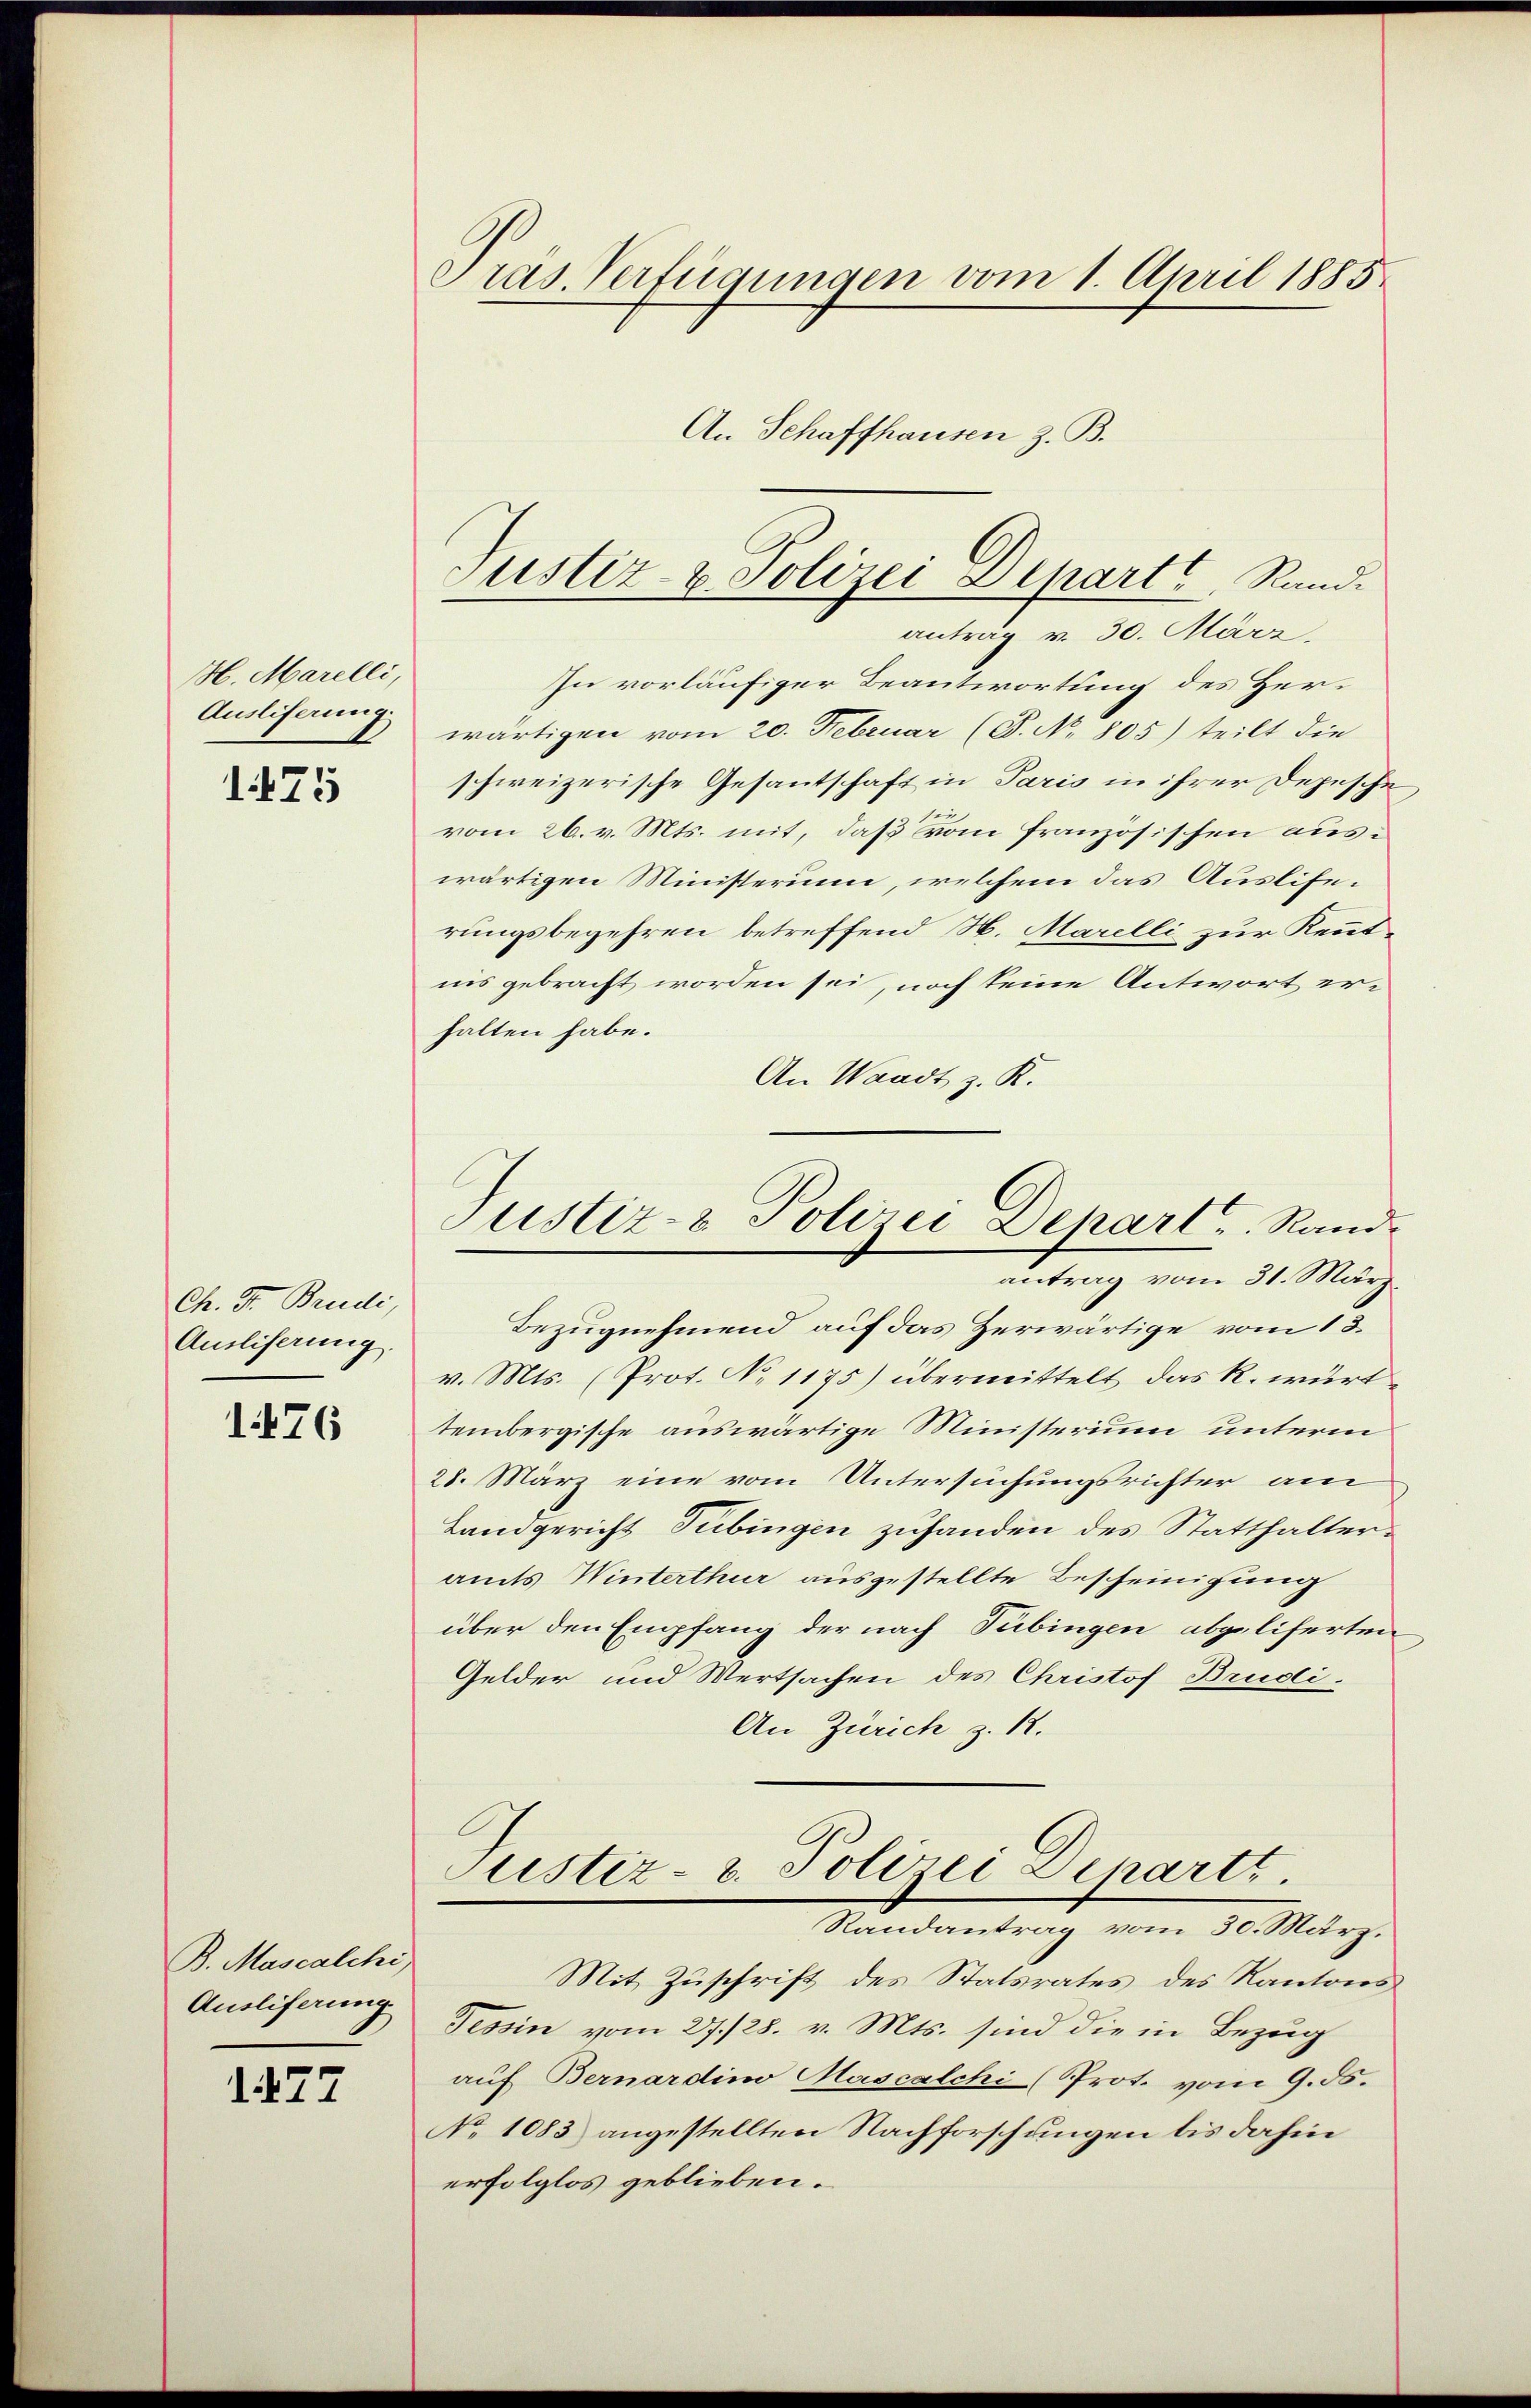
H. Marelli,
Auslieferung.

1475

Ch. F. Brudi,
Amsliserung.

1476

B. Mascalchi,
Ausliferung

1477

Pras. Verfügungen vom 1. April 1885.
An Schaffhausen z. B.

In vorläufiger Beantwortung des Herwärtigen vom 20. Februar (S. No. 805) teilt die
schweizerische Gesantschaft in Paris in ihrer Depesche
vom 26. v. Mts. mit, daß vom französischen auswärtigen Ministerum, welchem das Ausliferungsbegehren betreffend H. Marelli zur Kenntnis gebracht worden sei, noch keine Antwort erhalten habe.
An Waadt z. K.
Bezugnehmend auf das Zerwärtige vom 13.
v. Mts. (Prot. No 1175) übermittelt, das R. würt
tembergische auswärtige Ministerium unterm
28. März eine vom Untersuchungsrichter am
Landgericht Tübingen zuhanden des Statthalteramts Winterthur ausgestellte Bescheinigung
über den Empfang der nach Tübingen abgeliferten
Gelder und Wertsachen des Christof Brudi¬
An Zürich z. 12.
Justiz u. Polizei Departe.
Nandantrag vom 30. März.
Mit Zuschrift des Statsrates des Kantons
Tessin vom 27./28. v. Mts. sind die in Bezug
auf Bernardino Mascalchi (Prot. vom 9. ds.
No 1083) angestellten Nachforschungen bis dahin
erfolglos geblieben.

Justiz- & Polizei Departe Rand.
antrag v. 30. März.

Justiz- & Polizei Depart Randantrag vom 31. März.